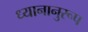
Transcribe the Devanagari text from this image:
ध्यानानुरूप